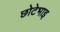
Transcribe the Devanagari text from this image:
छोटेभाइ